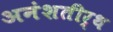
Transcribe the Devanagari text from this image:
अनंशतीर्थ